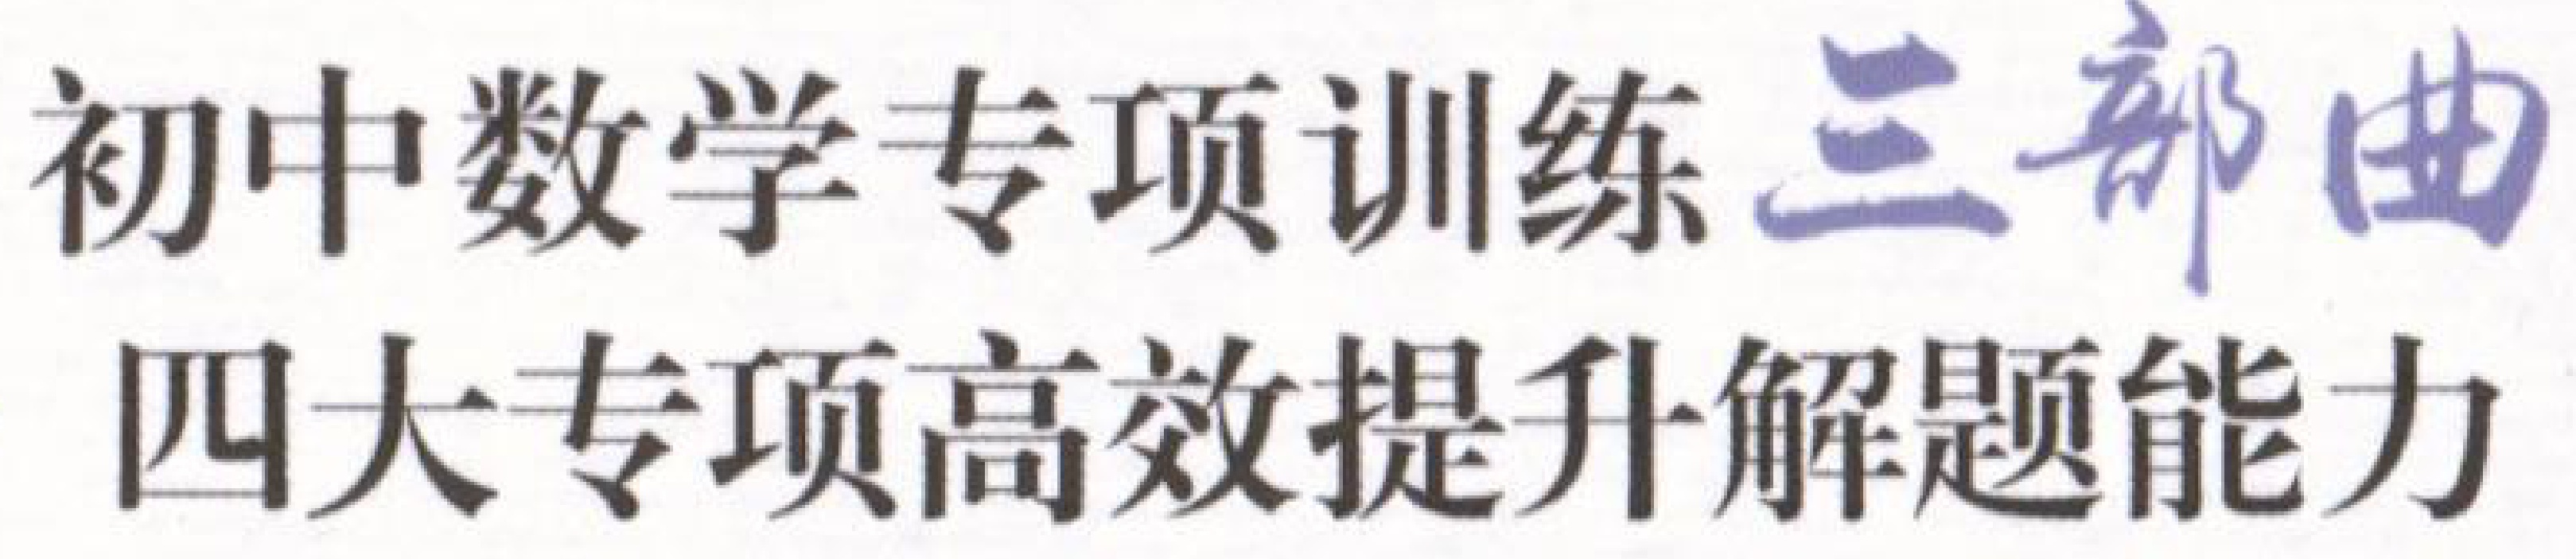
初中数学专项训练 三部曲
四大专项高效提升解题能力